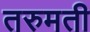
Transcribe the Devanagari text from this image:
तरुमती